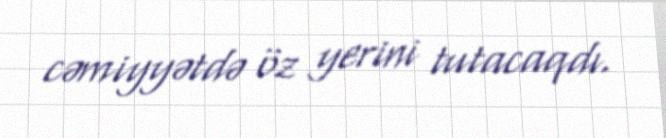
cəmiyyətdə öz yerini tutacaqdı.